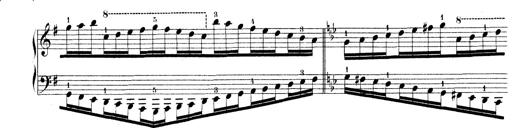
Title: Technische Studien
Composer: Franz Liszt